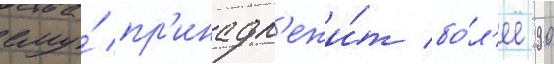
ему́ пр'инадл'ежи́т бо́л'ее 90